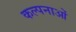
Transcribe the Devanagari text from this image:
कल्‍पनाओं